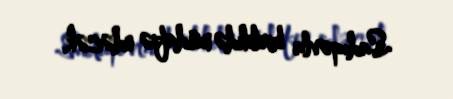
Sadıqovla birlikdə müdafiə edəcək.